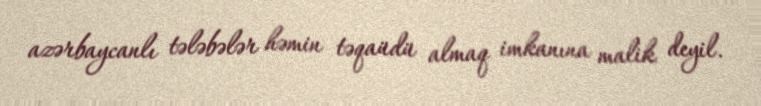
azərbaycanlı tələbələr həmin təqaüdü almaq imkanına malik deyil.